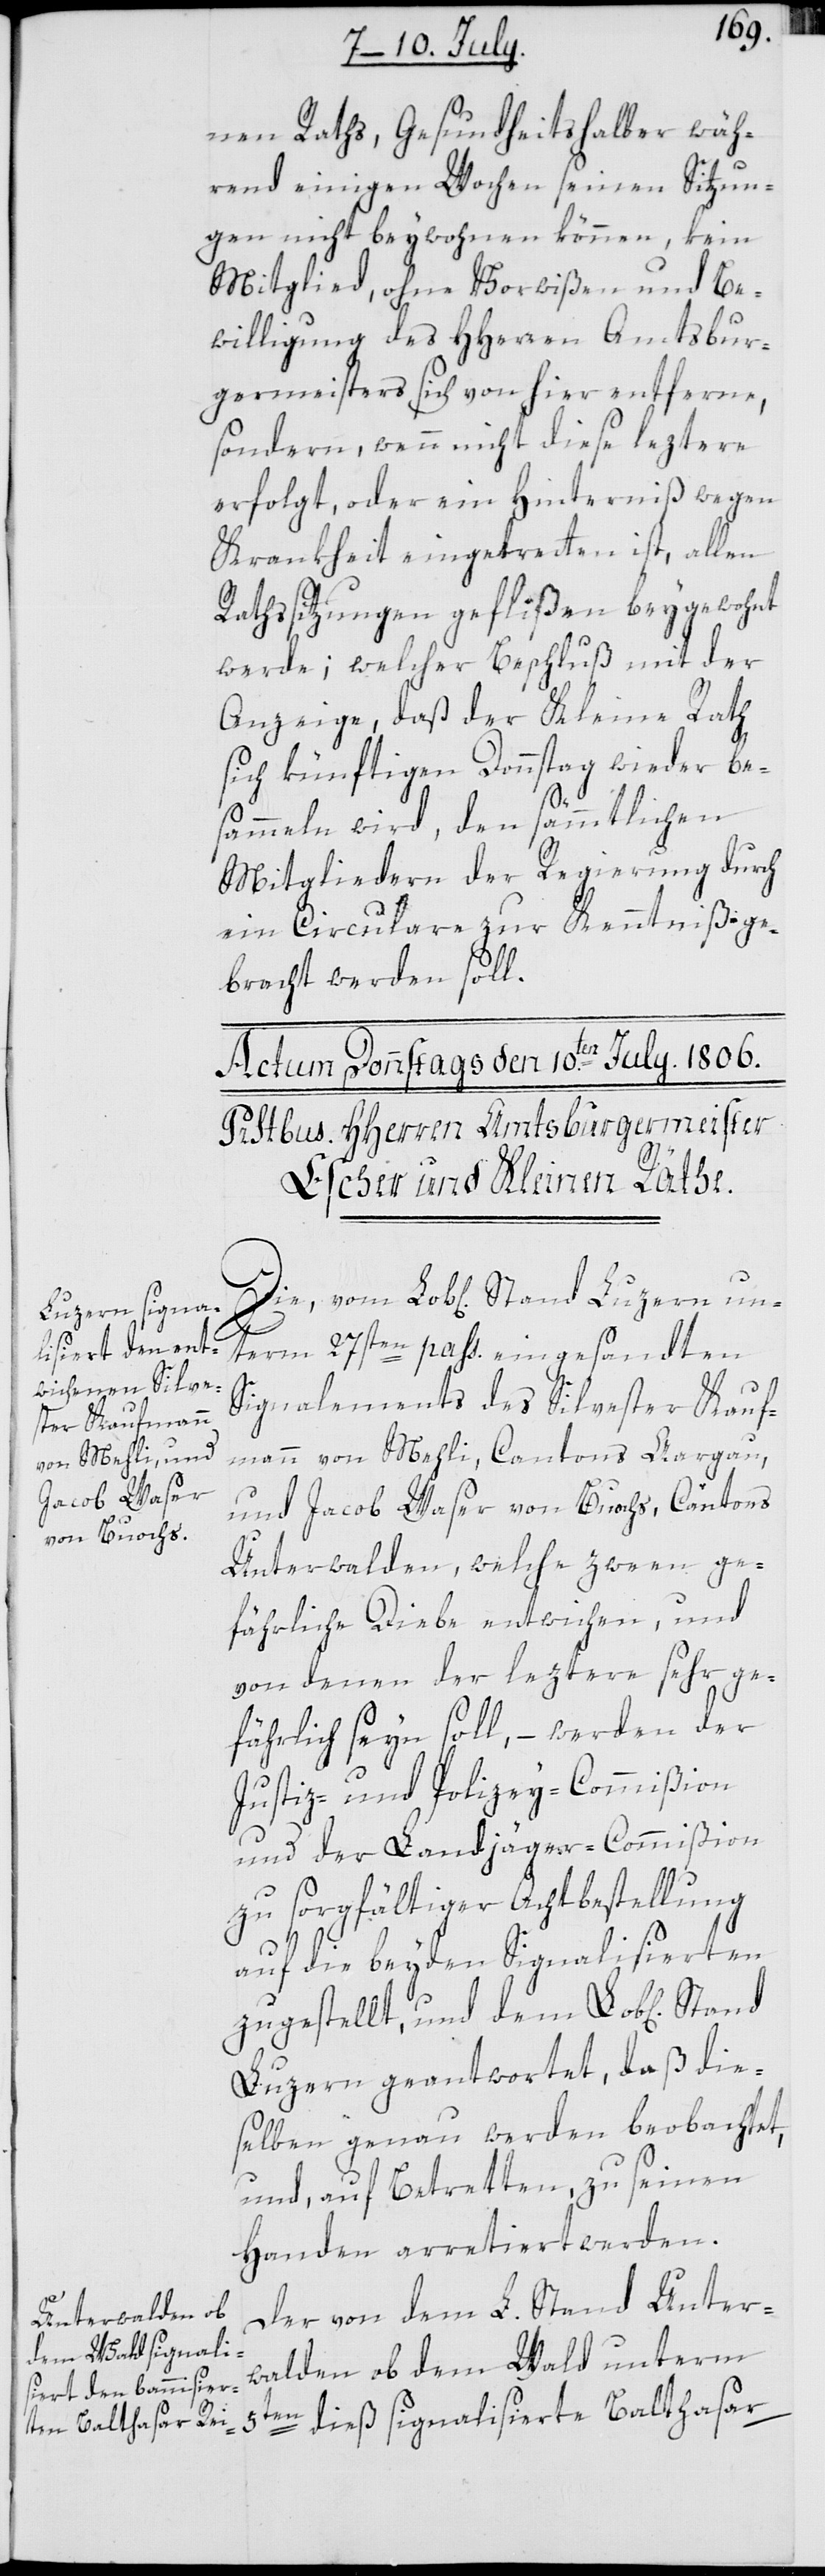
nen Raths, Gesundheitshalber wäh¬
rend einigen Wochen seinen Sitzun¬
gen nicht beywohnen können, kein
Mitglied, ohne Vorwißen und Be¬
willigung des HHerren Amtsbur¬
germeisters sich von hier entferne,
sondern, wenn nicht diese leztere
erfolgt, oder ein Hinterniß wegen
Krankheit eingetretten ist, allen
Rathssitzungen geflißen beygewohnt
werde; welcher Beschluß mit der
Anzeige, daß der Kleine Rath
sich künftigen Donnstag wieder be¬
sammeln wird, den sämmtlichen
Mitgliedern der Regierung durch
ein Circulare zur Kenntniß ge¬
bracht werden soll.
Luzern un¬
term 27sten pass. eingesandten
Signalements des Silvester Kauf¬
mann von Mehli, Cantons Aargau,
und Jacob Waser von Buochs, Cantons
Unterwalden, welche zween ge¬
fährliche Diebe entwichen, und
von denen der leztere sehr ge¬
fährlich seyn soll, – werden der
Justiz- und Polizey-Commißion
und der Landjäger-Commißion
zu sorgfältiger Achtbestellung
erte
auf die beyden Signalisierten
zugestellt, und dem Lob[lichen]
Luzern geantwortet, daß die¬
selben genau werden beobachtet,
und auf Betretten, zu seinen
Handen arretiert werden.
Der von dem L. Stand Unter¬
5ten dieß signalisi¬
walden ob dem Wald unterm